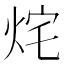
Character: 烢